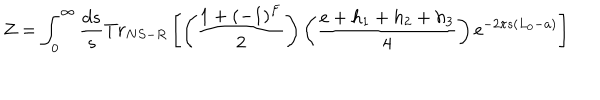
Z = \int _ { 0 } ^ { \infty } \frac { d s } { s } T r _ { N S - R } \left[ \left( \frac { 1 + ( - 1 ) ^ { F } } { 2 } \right) \left( \frac { e + h _ { 1 } + h _ { 2 } + h _ { 3 } } { 4 } \right) \mathrm { e } ^ { - 2 \pi s ( L _ { 0 } - a ) } \right]